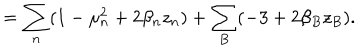
LaTeX: = \sum _ { n } ( 1 - \mu _ { n } ^ { 2 } + 2 \beta _ { n } z _ { n } ) + \sum _ { B } ( - 3 + 2 \beta _ { B } z _ { B } ) .